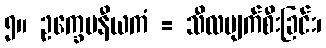
၅။ ဥက္ခေပနီယကံ = သီလပျက်စီးခြင်း၊